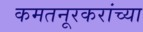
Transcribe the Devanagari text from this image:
कमतनूरकरांच्या